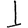
Digit: 1